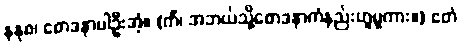
နနုစ၊ စောဒနာပါဦးအံ့။ (ကိံ၊ အဘယ်သို့စောဒနာကံနည်းဟူမူကား။) ဧတံ